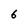
Character: 6